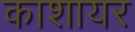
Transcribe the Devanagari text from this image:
काशायर